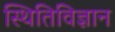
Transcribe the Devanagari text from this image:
स्थितिविज्ञान